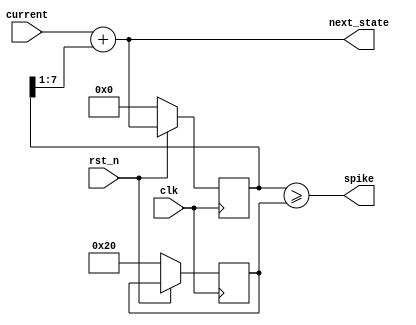
module lif (
    input wire [7:0] current,
    output wire [7:0] next_state,
    output wire spike,
    input wire clk,
    input wire rst_n
);

    reg [7:0] state, threshold;

    // resting potential and threshold
    assign next_state = current + (state >> 1);
    assign spike = (state >= threshold);

    always @(posedge clk) begin
        if (!rst_n) begin
            state <= 0;
            threshold <= 32;
        end else begin
            state <= next_state;
        end
    end


endmodule